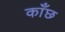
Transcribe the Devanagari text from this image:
काँछ